Vaccine operations Central Provinces 1886-1899 - 1886-1899
Year: 1886
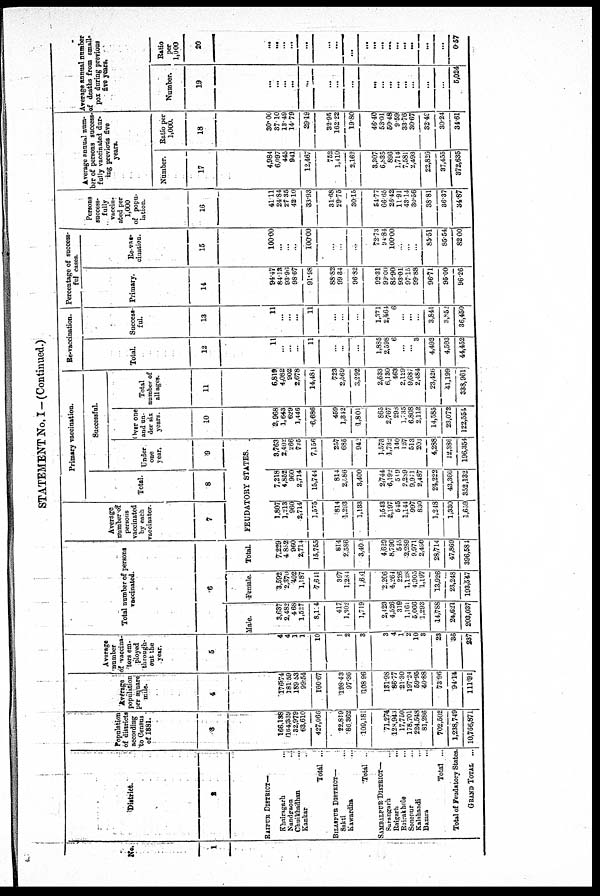
STATEMENT No. I— (Continued.)
No.
1
District.
2
RAIPUR DISTRICT—
Khairagarh
...
Nandgaon
...
Chuikhadhan ...
Kankar ...
Total ...
BILASPUR DISTRICT—
Sakti ...
Kawardha ...
Total ...
SAMBALPUR DISTRICT—
Sarangarh ...
Raigarh ...
Rairakhole ...
Sonepur ...
Kalahandi
...
Bamra ...
Total ...
Total of Feudatory States.
GRAND TOTAL ...
Population
of districts
according
to Census
of 1881.
3
166,138
164,339
32,979
63,610
427,066
22,819
86,362
109,181
71,274
128,943
17,750
178,701
224,548
81,286
702,502
1,238,749
10,766,871
Average
population
per square
mile.
4
176.74
181.59
189.53
99.54
160.67
198.43
97.36
108.96
131.98
86.77
21.30
197.24
59.95
40.88
73.96
94.14
111.91
Average
number
of vaccina-
tors em-
ployed
through-
out the
year.
5
4
4
1
1
10
1
2
3
3
4
1
2
10
3
23
36
237
Total number of persons
vaccinated.
6
Male.
3,637
2,482
468
1,527
8,114
417
1,302
1,719
2,423
4,526
319
1,161
5,066
1,293
14,788
24,621
203,037
Female.
3,592
2,370
492
1,187
7,641
397
1,284
1,681
2,206
4,264
226
1,128
4,905
1,197
13,926
23,248
193,547
Total.
7,229
4,852
960
2,714
15,755
814
2,586
3,400
4,629
8,790
545
2,289
9,971
2,490
28,714
47,869
396,584
Average
number of
persons
vaccinated
by each
vaccinator.
7
Primary vaccination.
Total.
8
Successful.
Under
one
year.
9
FEUDATORY STATES.
1,807
1,213
960
2,714
1,575
814
1,293
1,133
1,543
2,197
545
1,144
997
830
1,218
1,330
1,659
7,218
4,852
960
2,714
15,744
814
2,586
3,400
2,744
6,192
589
2,289
9,971
2,487
24,222
43,366
352,132
3,763
2,402
266
725
7,156
257
685
942
1,573
1,732
140
127
513
203
4,288
12,386
196,354
Over one
and un-
der six
years.
10
2,968
1,643
629
1,446
6,686
459
1,342
1,801
865
2,767
298
1,735
6,808
2,112
14,585
23,072
122,554
Total
number of
all ages.
11
6,819
4,082
902
2,678
14,481
723
2,569
3,292
2,533
6,130
463
2,129
9,687
2,484
23,426
41,199
338,961
Re-vaccination.
Total.
12
11
...
...
...
11
...
...
...
1,885
2,598
6
...
...
3
4,492
4,503
44,452
Success-
ful.
13
11
...
...
...
11
...
...
...
1,371
2,464
6
...
...
...
3,841
3,852
36,450
Percentage of success-
ful cases.
Primary.
14
94.47
84.13
93.96
98.67
91.98
88.82
99.34
96.82
92.31
99.00
85.90
93.01
97.15
99.88
96.71
95.00
96.26
Re-vac-
cination.
15
100.00
...
...
...
100.00
...
...
...
72.73
94.84
100.00
...
...
...
85.51
85.54
82.00
Persons
success-
fully
vaccin-
ated per
1,000
of popu-
lation.
16
41.11
24.84
27.35
42.10
33.93
31.68
29.75
30.15
54.77
66.65
26.42
11.91
43.14
30.56
38.81
36.37
34.87
Average annual num-
ber of persons success-
fully vaccinated dur-
ing previous five
years.
Number.
17
4,984
6,097
445
941
12,467
752
1,410
2,162
3,307
6,835
896
1,714
7,581
2,493
22,826
37,455
372,635
Ratio per
1,000.
18
30.00
37.10
13.49
14.79
29.19
32.95
162.22
19.80
46.40
53.01
50.48
9.59
33.76
30.67
32.49
30.24
34.61
Average annual number
of deaths from small-
pox during previous
five years.
Number.
19
...
...
...
...
...
...
...
...
...
...
...
...
...
...
...
...
5,024
Ratio
per
1,000
20
...
...
...
...
...
...
...
...
...
...
...
...
...
...
...
...
0.57